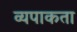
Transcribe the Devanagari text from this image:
व्यपाकता